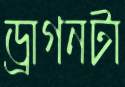
ড্রাগনটা